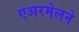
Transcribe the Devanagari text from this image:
एअरमेलने